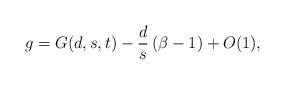
LaTeX: \begin{align*}g=G(d,s,t)-\frac{d}{s}\left(\beta-1\right)+O(1),\end{align*}